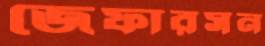
জেফারসন